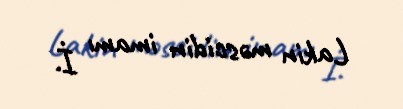
Lakin məscidin imamı İ.